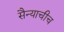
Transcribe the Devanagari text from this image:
सैन्याचीच